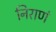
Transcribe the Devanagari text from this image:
निराणं